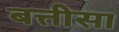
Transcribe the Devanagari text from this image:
बत्तीसा